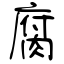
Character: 腐